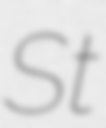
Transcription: St